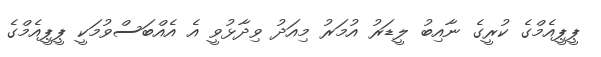
ޕީޕީއެމްގެ ކުރީގެ ނާއިބު ލީޑަރު އުމަރު މިއަދު ވިދާޅުވީ އެ އެއްބަސްވުމަކީ ޕީޕީއެމްގެ